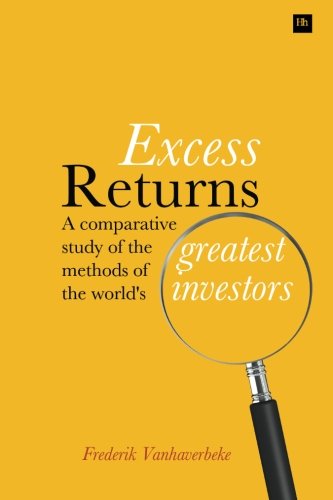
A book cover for Excess Returns: A comparative study of the methods of the world's greatest investors; Frederik Vanhaverbeke; Business & Money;